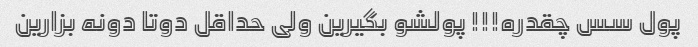
پول سس چقدره!!! پولشو بگیرین ولی حداقل دوتا دونه بزارین